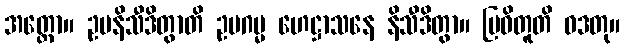
အတ္ထော။ ဥပနိသီဒိတွာတိ ဥပဂမ္မ ဟေဋ္ဌာသနေ နိသီဒိတွာ။ ဗြဝိတူတိ ဝဒတု။